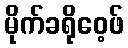
မိုက်ခရိုဝေ့ဖ်